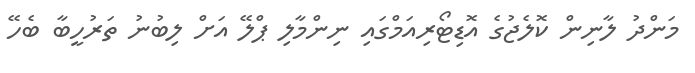
މަންދު ލާނިން ކޮލެޖުގެ އޮޑިޓޯރިއަމްގައި ނިންމާލި ޕްލޭ އަށް ލިބުނު ތަރުހީބާ ބެހޭ